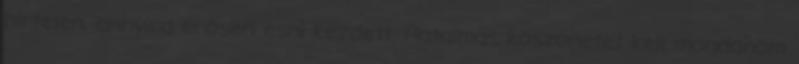
hirtelen, annyira erősen esni kezdett. Hatalmas köszönetet kell mondanom